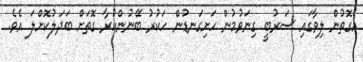
އެގޮތުން ލިވާގައި ސަރުބީ ގިނަވުމުން ހަށިގަނޑުން ހަކުރު ބޭނުންކުރާ ގޮތަށް ބަދަލުކޮށްލަ އެވެ.